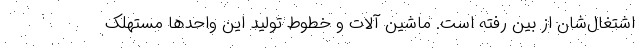
اشتغال‌شان از بین رفته است. ماشین آلات و خطوط تولید این واحدها مستهلک